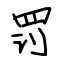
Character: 罚